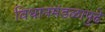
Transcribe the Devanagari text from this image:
विधानमंडळापुढे